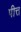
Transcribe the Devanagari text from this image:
पीत्त